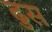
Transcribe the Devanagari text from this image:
ढुस